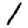
Digit: 1